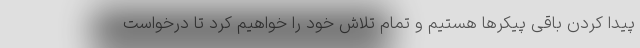
پیدا کردن باقی پیکرها هستیم و تمام تلاش خود را خواهیم کرد تا درخواست